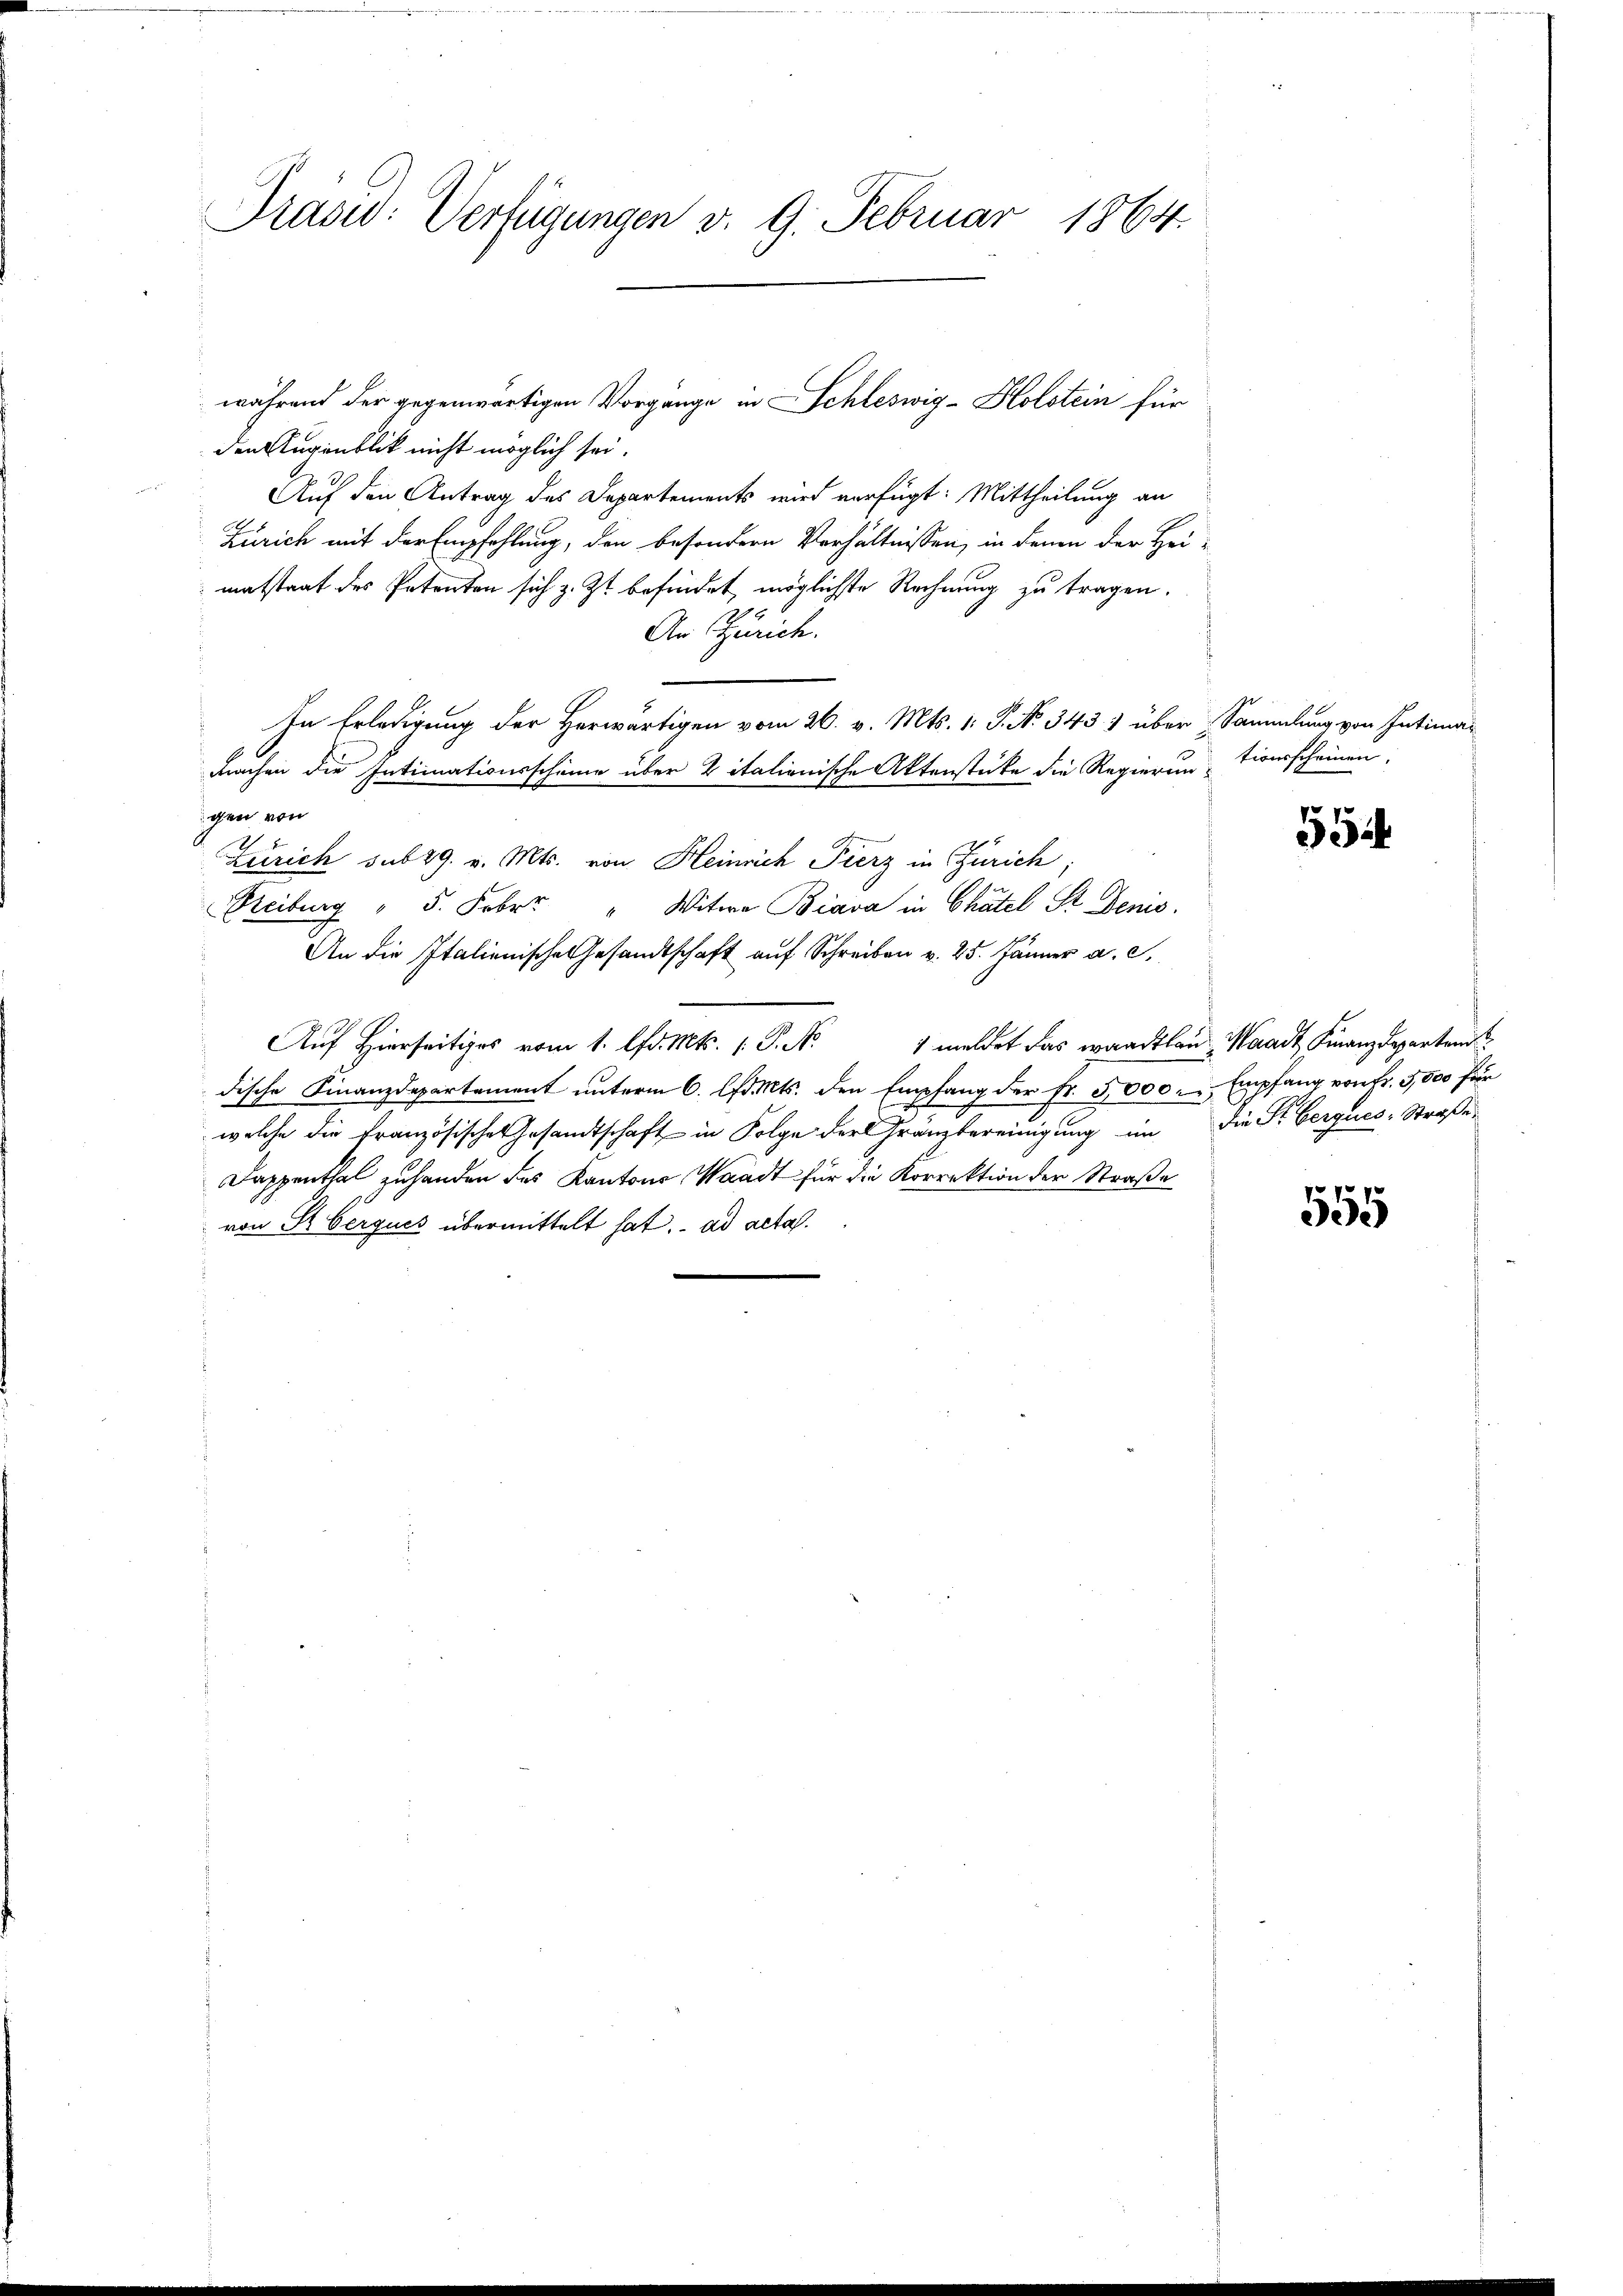
Prasid: Verfügungen v. 9. Februar 1864.

den Augenblick nicht möglich sei.
Auf den Antrag des Departements wird verfügt: Mittheilung an
Zürich mit der Empfehlung, den besondern Verhältnissen, in denen der Hei-
matstrat des Petenten sich z. Zt. befindet, möglichste Rechnung zu tragen.
An Zürich.
In Erledigung der Herwärtigen vom 26. v. Mts. 1. P. No. 343.) über Sammlung von Intima-
3
machen die Intimationsscheine über italienische Aktenstücke die Regieruntionsscheinen,
gen von
Zürich sub 29. v. Mts. von Heinrich Fierz in Zürich;
Freiburg " 5. Febr. " Witwe Biava in Chatel St. Denis
An die Italienische Gesandtschaft auf Schreiben v. 25. Jänner a. c.
Auf Hierseits vom 1. d. Mts. P. Nr. 1 meldet das waadtlan Waadt Finanzdepartend
dische Finanzdepartement unterm 6. Apr. Mts. den Empfang der Fr. 5000. Empfang von Fr. 5,500 für
welche die französische Gesandtschaft in Folge der Gränzbereinigung in die Fr. berques-Straße
Dappenthal zuhanden des Kantons Waadt für die Korrektion der Straße
von R. berques übermittelt hat. ad acta.

während der gegenwärtigen Vorgänge in Schleswig-Holstein für

5

559